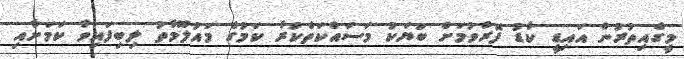
މީގެއިތުރުން އައިޑީ ކާޑު ފޮރުވުމަށް ބަޔަކު މަސައްކަތްކުރާ ކަމުގެ މައުލޫމާތު ލިބިފައިވާ ކަމަށާއި